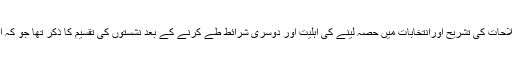
قانونی اصطلاحات کی تشریح اورانتخابات میں حصہ لینے کی اہلیت اور دوسری شرائط طے کرنے کے بعد نشستوں کی تقسیم کا ذکر تھا جو کہ اس طرح تھا۔